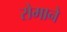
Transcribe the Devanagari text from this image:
रोमाने